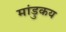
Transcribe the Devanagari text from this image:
मांडुकय